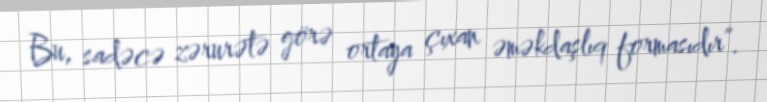
Bu, sadəcə zərurətə görə ortaya çıxan əməkdaşlıq formasıdır”.